Trukikaitis_Postimees, lk 85
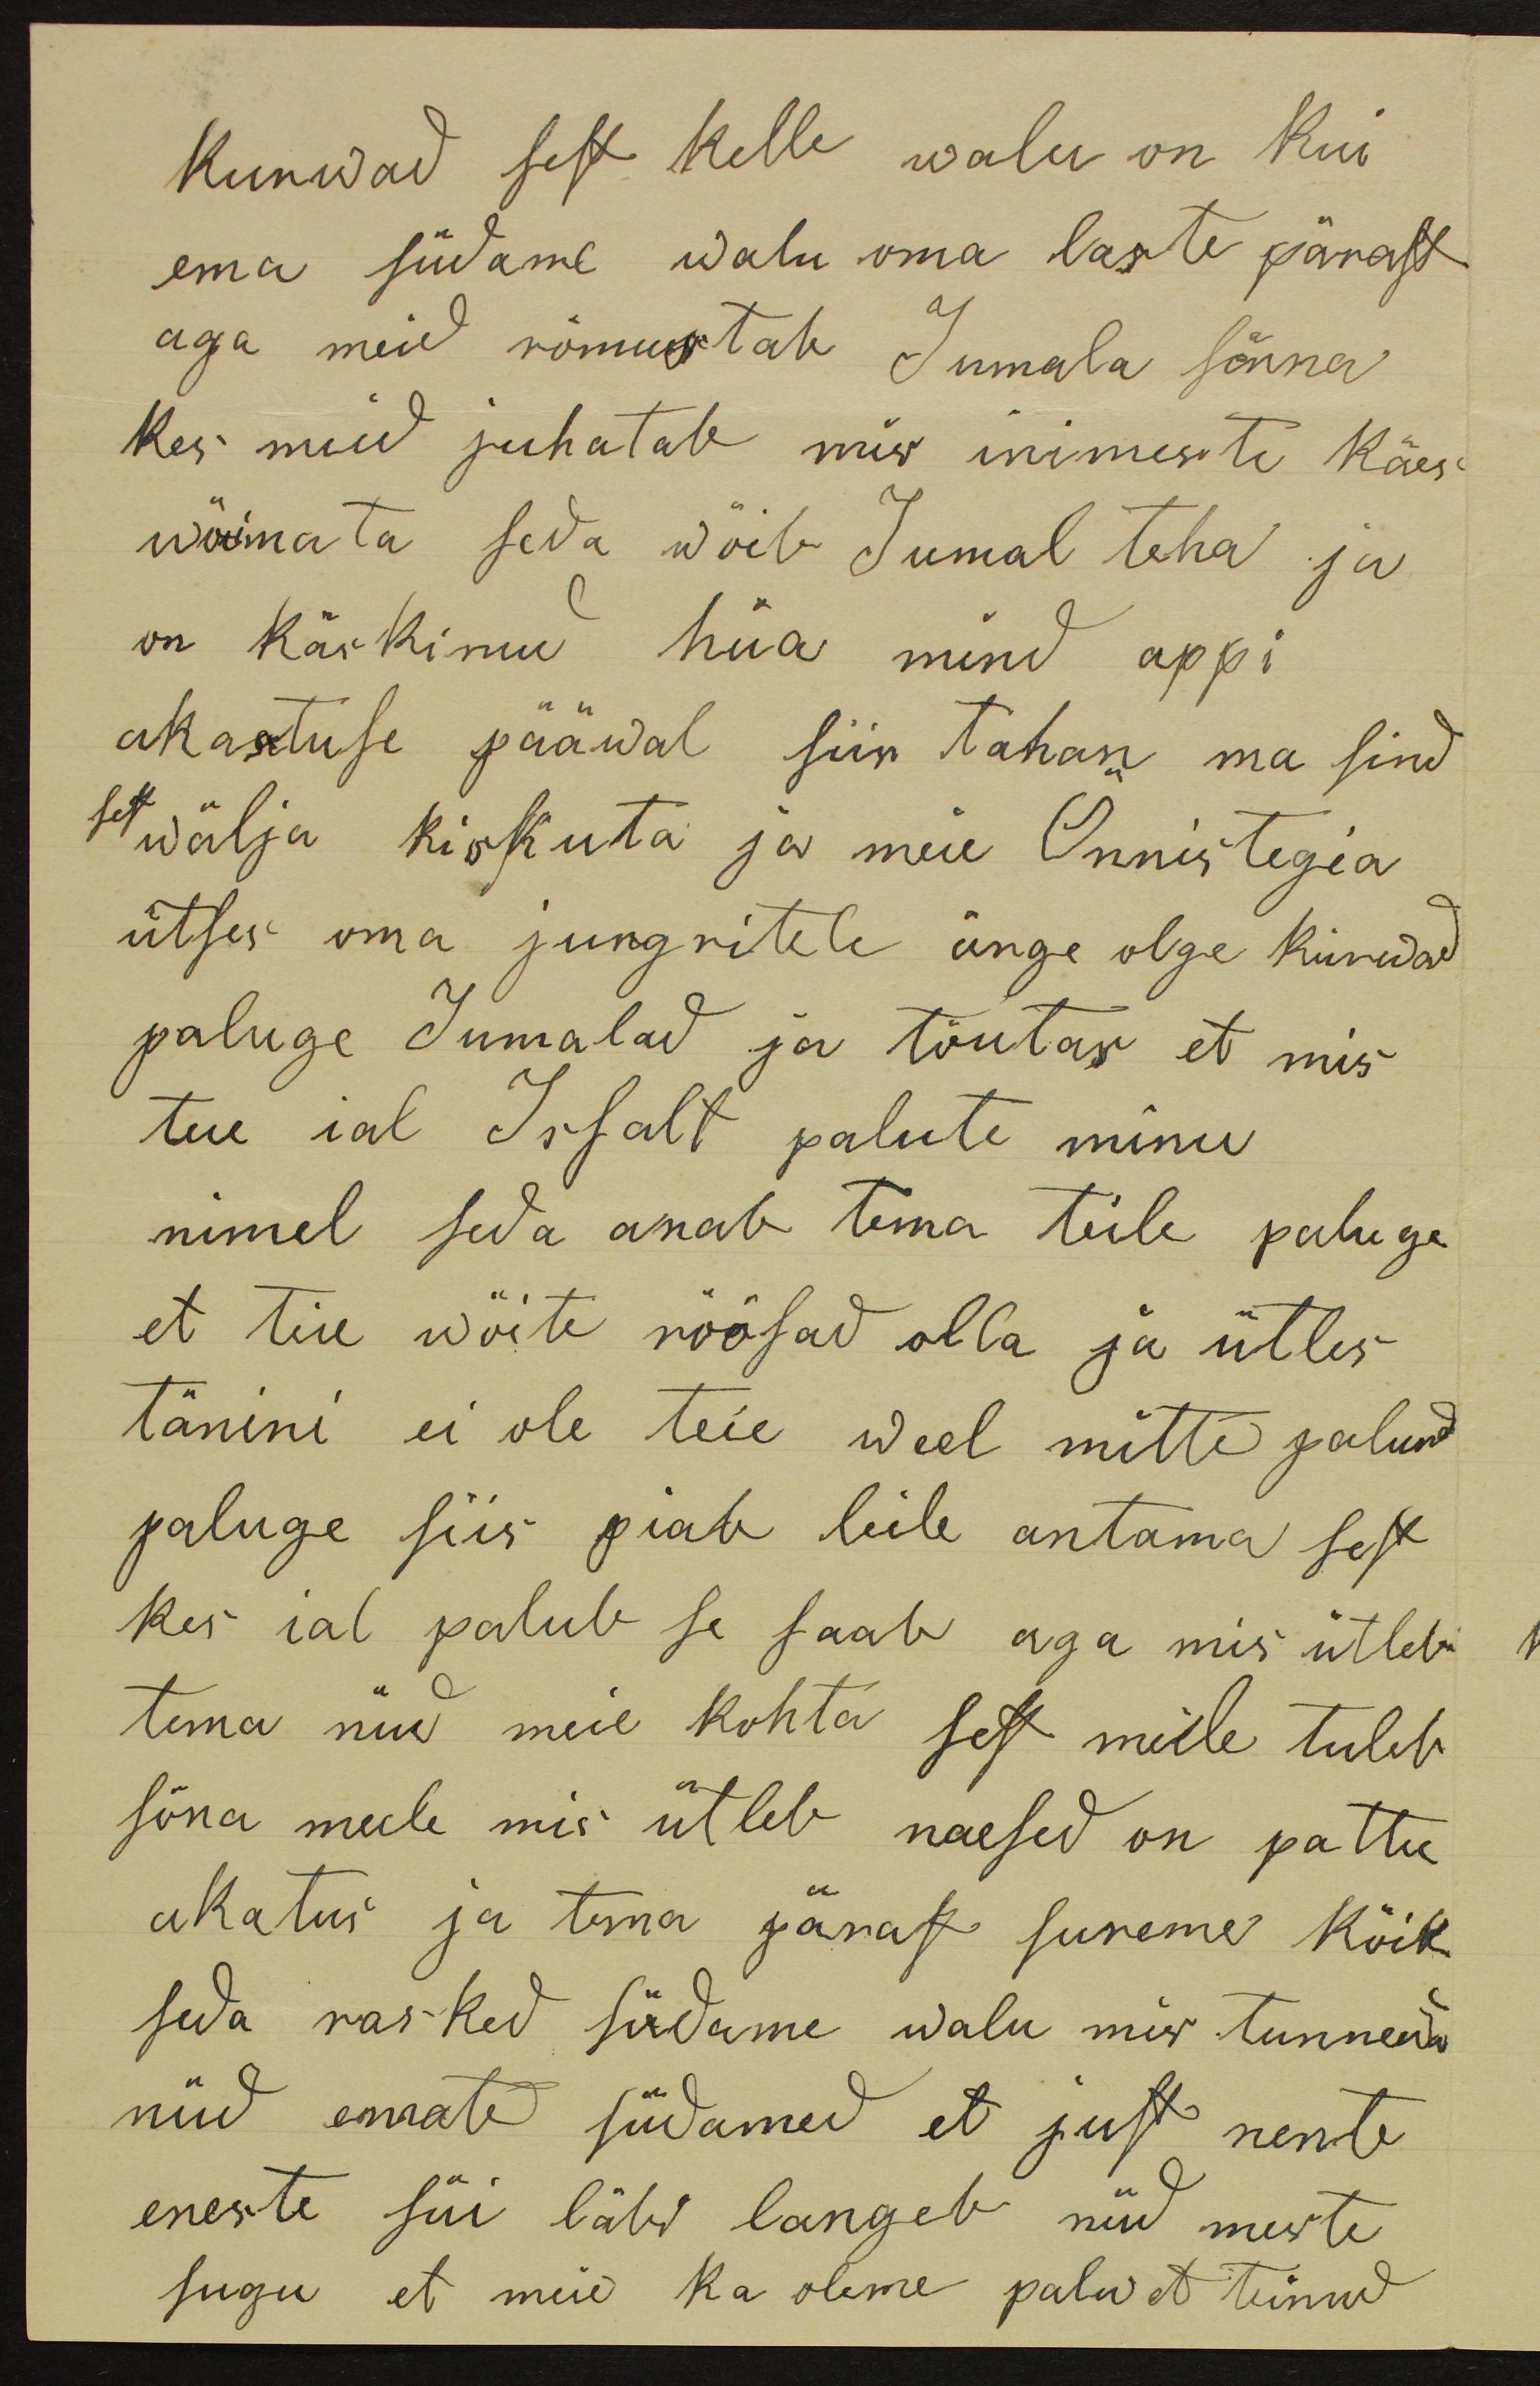
kurwad sest kelle walu on kui
ema südame walu oma laste pärast
aga meid rõmustab Jumala sõnna
Kes meid juhatab mis inimeste käes
wõimata seda wõib Jumal teha ja
on käskinud hüä mind appi
ahastuse pääwal siin tahan ma sind
sest wälja kiskuta ja meie Õnnistegia
ütses oma jungritele ärge olge kurwad
paluge Jumalad ja tõutas et mis
teie ial Issalt palute minu
nimel seda anab tema teile paluge
et teie wõite röösad olla ja ütles
tänini ei ole teie weel mitte palund
paluge siis piab leile antama sest
kes ial palub se saab aga mis ütleb
tema nüd meie kohta sest mille tuleb
sõna meele mis ütleb naesed on pattu
ukatus ja tema pärast sureme kõik
seda rasked südame walu mis tunnewad
nüd emate südamed et just nente
eneste süi läks langeb nüd meste
sugu et meie ka oleme palwet teinud